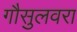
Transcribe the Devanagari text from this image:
गौसुलवरा